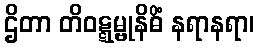
ဌိတာ တိဝဋ္ဋမ္ဗုနိဓိံ နရာနရာ၊